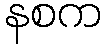
နစက